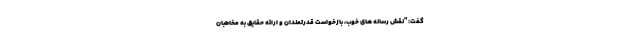
گفت: "نقش رسانه های خوب، بازخواست قدرتمندان و ارائه حقایق به مخاطبان